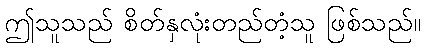
ဤသူသည် စိတ်နှလုံးတည်တံ့သူ ဖြစ်သည်။